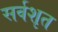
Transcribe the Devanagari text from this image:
सर्वशृत